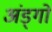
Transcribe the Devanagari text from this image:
अंड्गो